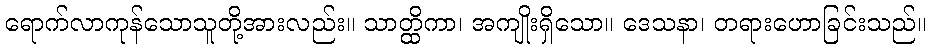
ရောက်လာကုန်သောသူတို့အားလည်း။ သာတ္ထိကာ၊ အကျိုးရှိသော။ ဒေသနာ၊ တရားဟောခြင်းသည်။